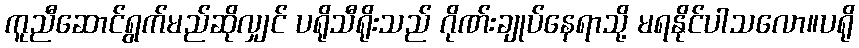
ကူညီဆောင်ရွက်မည်ဆိုလျှင် ပရိုသီရိုးသည် ဂိုဏ်းချုပ်နေရာသို့ မရနိုင်ပါသလော။ပရို